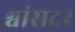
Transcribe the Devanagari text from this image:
श्वांसदर